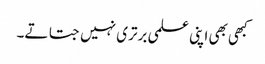
کبھی بھی اپنی علمی برتری نہیں جتاتے۔